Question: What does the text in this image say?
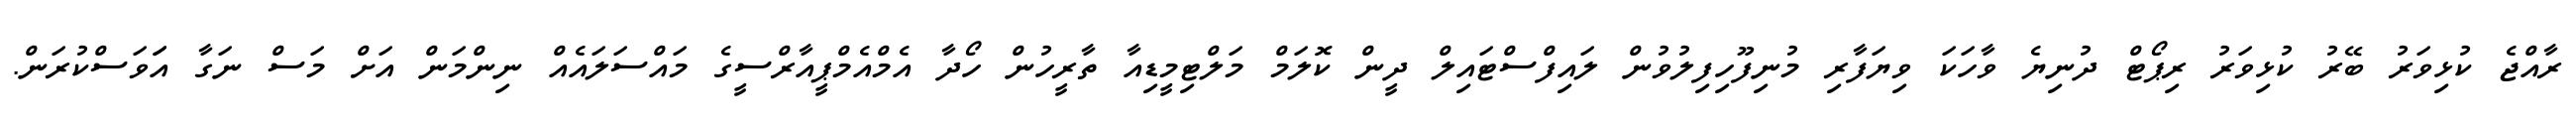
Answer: ރާއްޖެ ކުޅިވަރު ބޭރު ކުޅިވަރު ރިޕޯޓް ދުނިޔެ ވާހަކަ ވިޔަފާރި މުނިފޫހިފިލުވުން ލައިފްސްޓައިލް ދީން ކޮލަމް މަލްޓިމީޑިއާ ތާރީހުން ހޯދާ އެމްއެމްޕީއާރްސީގެ މައްސަލައެއް ނިންމަން އަށް މަސް ނަގާ އަަވަސްކުރަން.